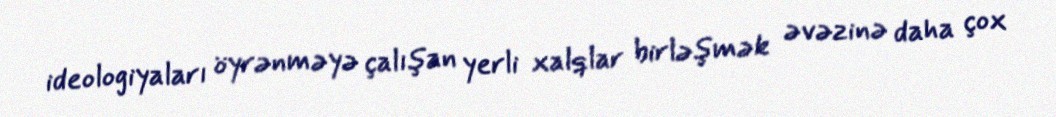
ideologiyaları öyrənməyə çalışan yerli xalqlar birləşmək əvəzinə daha çox